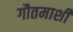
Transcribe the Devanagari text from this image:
गौतमाशी